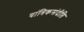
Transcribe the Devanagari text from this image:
यांत्रिकसंदीप्ति